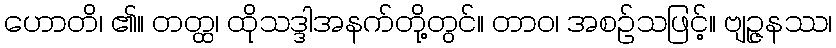
ဟောတိ၊ ၏။ တတ္ထ၊ ထိုသဒ္ဒါအနက်တို့တွင်။ တာဝ၊ အစဉ်သဖြင့်။ ဗျဉ္ဇနဿ၊